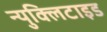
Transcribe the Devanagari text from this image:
न्युक्लिटाइड